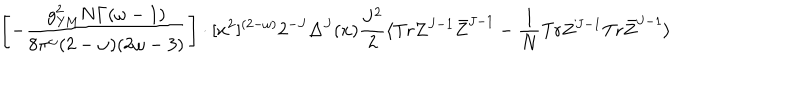
LaTeX: \left[ - \frac { g _ { \mathrm { Y M } } ^ { 2 } N \Gamma ( \omega - 1 ) } { 8 \pi ^ { \omega } ( 2 - \omega ) ( 2 \omega - 3 ) } \right] \cdot [ x ^ { 2 } ] ^ { ( 2 - \omega ) } 2 ^ { - J } \Delta ^ { J } ( x ) \frac { J ^ { 2 } } { 2 } \langle \mathrm { T r } Z ^ { J - 1 } \bar { Z } ^ { J - 1 } - \frac { 1 } { N } \mathrm { T r } Z ^ { J - 1 } \mathrm { T r } \bar { Z } ^ { J - 1 } \rangle